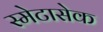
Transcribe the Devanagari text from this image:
स्मेटासेक